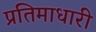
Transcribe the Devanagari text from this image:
प्रतिमाधारी